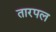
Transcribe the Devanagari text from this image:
तारपल